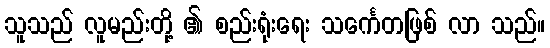
သူသည် လူမည်းတို့ ၏ စည်းရုံးရေး သင်္ကေတဖြစ် လာ သည်။